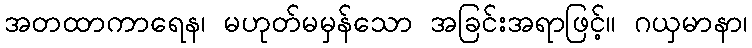
အတထာကာရေန၊ မဟုတ်မမှန်သော အခြင်းအရာဖြင့်။ ဂယှမာနာ၊